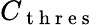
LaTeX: C_{\mathrm{~t~h~r~e~s~}}